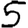
Digit: 5